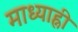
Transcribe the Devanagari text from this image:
माध्याह्नी